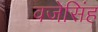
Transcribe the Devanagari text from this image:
वजेसिंह